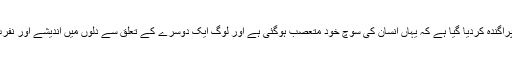
ہندوستان کا ماحول ایسا پراگندہ کردیا گیا ہے کہ یہاں انسان کی سوچ خود متعصب ہوگئی ہے اور لوگ ایک دوسرے کے تعلق سے دلوں میں اندیشے اور نفرت کو ہوا دینے لگے ہیں۔